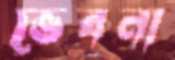
ভেবনা